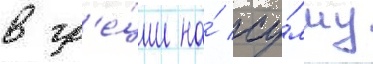
в гр'е́ции на́ су́мму